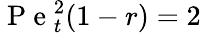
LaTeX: \mathrm{~P~e~}_{t}^{2}(1-r)=2